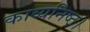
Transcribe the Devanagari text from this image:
काव्यनिष्ठ।